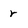
Character: r